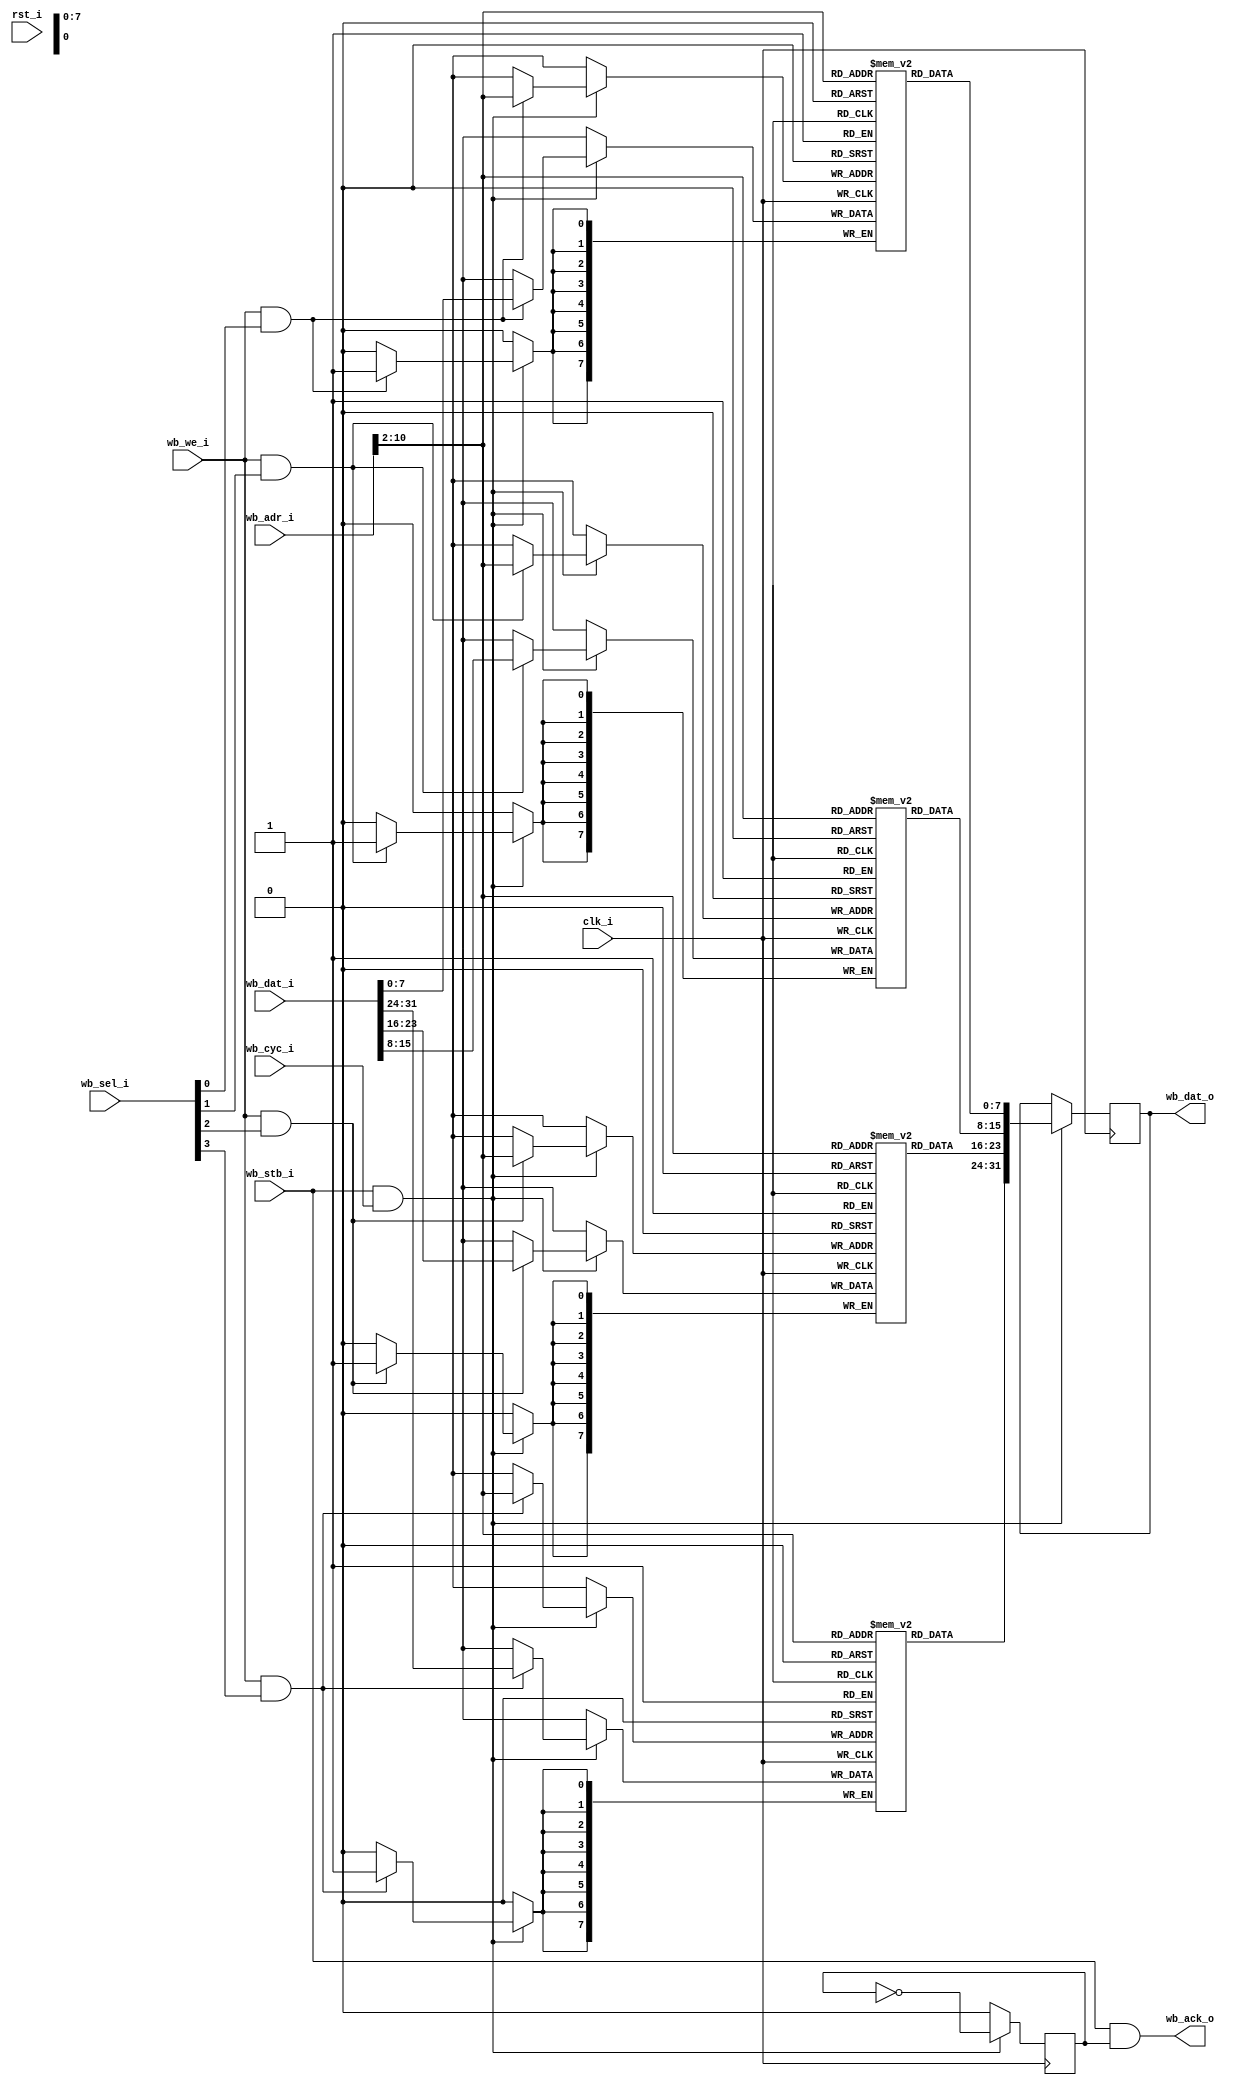
//-----------------------------------------------------------------
// Wishbone BlockRAM
//-----------------------------------------------------------------

module wb_bram #(
	parameter mem_file_name0 = "none",
	parameter mem_file_name1 = "none",
	parameter mem_file_name2 = "none",
	parameter mem_file_name3 = "none",
	parameter adr_width = 11
) (
	input             clk_i, 
	input             rst_i,
	//
	input             wb_stb_i,
	input             wb_cyc_i,
	input             wb_we_i,
	output            wb_ack_o,
	input      [31:0] wb_adr_i,
	output reg [31:0] wb_dat_o,
	input      [31:0] wb_dat_i,
	input      [ 3:0] wb_sel_i
);

//-----------------------------------------------------------------
// Storage depth in 32 bit words
//-----------------------------------------------------------------
parameter word_width = adr_width - 2;
parameter word_depth = (1 << word_width); //4096... que es el tamo de la memoria que ya haba instanciado dentro del system.v

//-----------------------------------------------------------------
// 
//-----------------------------------------------------------------
reg            [7:0] ram0 [0:word_depth-1];    // actual RAM
reg            [7:0] ram1 [0:word_depth-1];    // actual RAM
reg            [7:0] ram2 [0:word_depth-1];    // actual RAM
reg            [7:0] ram3 [0:word_depth-1];    // actual RAM
reg                   ack;
wire [word_width-1:0] adr;

assign adr        = wb_adr_i[adr_width-1:2];      // 
assign wb_ack_o   = wb_stb_i & ack;

always @(posedge clk_i)
begin
	if (wb_stb_i && wb_cyc_i) 
	begin
		if (wb_we_i && wb_sel_i[0]) 
			ram0[ adr ] <= wb_dat_i[7:0];
        if (wb_we_i && wb_sel_i[1]) 
			ram1[ adr ] <= wb_dat_i[15:8];
        if (wb_we_i && wb_sel_i[2]) 
			ram2[ adr ] <= wb_dat_i[23:16];
        if (wb_we_i && wb_sel_i[3]) 
			ram3[ adr ] <= wb_dat_i[31:24];

		wb_dat_o <= {ram3[ adr ],ram2[ adr ],ram1[ adr ],ram0[ adr ]};
		ack <= ~ack;
	end else
		ack <= 0;
    
end

initial 
begin
	if (mem_file_name0 != "none" && mem_file_name1 != "none" && mem_file_name2 != "none" && mem_file_name3 != "none")
	begin
		$readmemh(mem_file_name0, ram0);
		$readmemh(mem_file_name1, ram1);
		$readmemh(mem_file_name2, ram2);
		$readmemh(mem_file_name3, ram3);
	end
end

endmodule